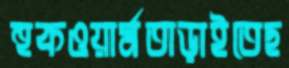
হুকওয়ার্মতাড়াইতেছ